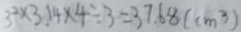
3 ^ { 2 } \times 3 . 1 4 \times 4 \div 3 = 3 7 . 6 8 ( c m ^ { 3 } )